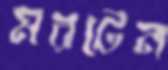
মরটেন